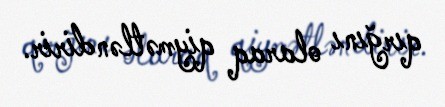
qırğını olaraq qiymətləndirir.